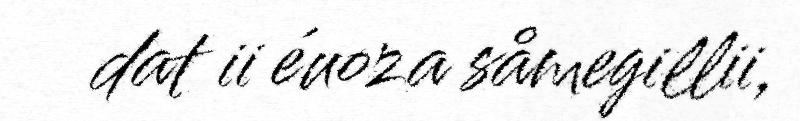
dat ii éuoza såmegillii,